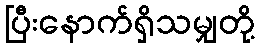
ပြီးနောက်ရှိသမျှတို့